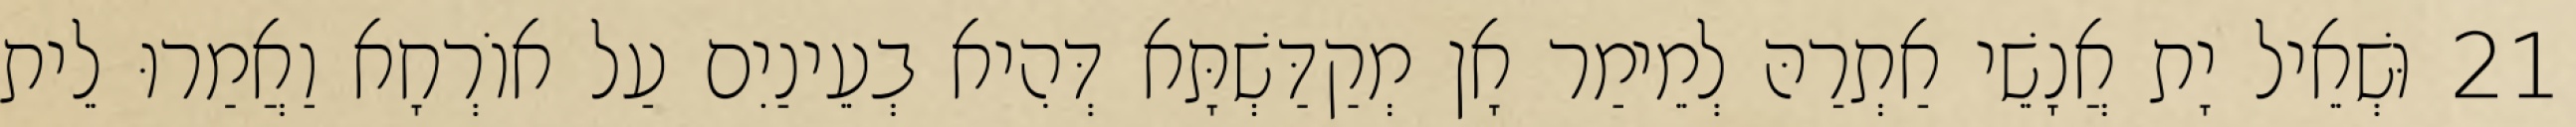
21 וּשְׁאֵיל יָת אֲנָשֵׁי אַתְרַהּ לְמֵימַר אָן מְקַדַּשְׁתָּא דְּהִיא בְעֵינַיִם עַל אוֹרְחָא וַאֲמַרוּ לֵית